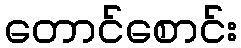
တောင်စောင်း